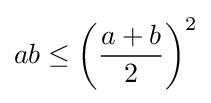
ab\leq \left({\frac {a+b}{2}}\right)^{2}